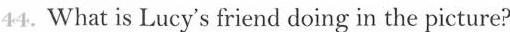
44.What is Lucy's friend doing in the picture?